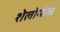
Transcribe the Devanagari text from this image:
शेलोमोवा